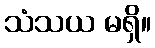
သံသယ မရှိ။